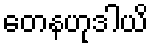
တေနဟုဒါယိ